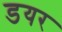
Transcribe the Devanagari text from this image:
डयर